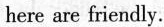
here are friendly.